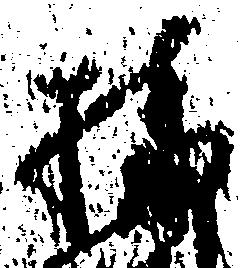
播